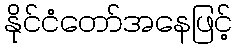
နိုင်ငံတော်အနေဖြင့်